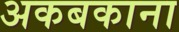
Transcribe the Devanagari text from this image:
अकबकाना